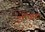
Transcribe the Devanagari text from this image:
इत्यािद।